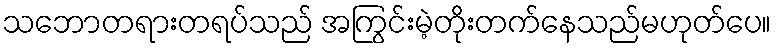
သဘောတရားတရပ်သည် အကြွင်းမဲ့တိုးတက်နေသည်မဟုတ်ပေ။